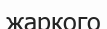
жаркого